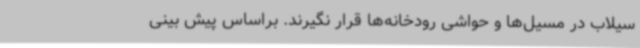
سیلاب در مسیل‌ها و حواشی رودخانه‌ها قرار نگیرند. براساس پیش بینی